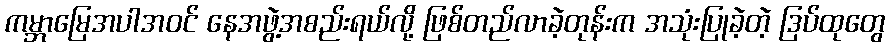
ကမ္ဘာမြေအပါအဝင် နေအဖွဲ့အစည်းရယ်လို့ ဖြစ်တည်လာခဲ့တုန်းက အသုံးပြုခဲ့တဲ့ ဒြပ်ထုတွေ